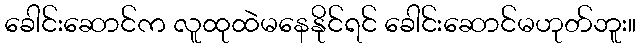
ခေါင်းဆောင်က လူထုထဲမနေနိုင်ရင် ခေါင်းဆောင်မဟုတ်ဘူး။